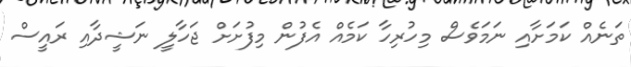
ތަނެއް ކަމަށާއި ނަމަވެސް މިހުރިހާ ކަމެއް އެފުން މިފުށަށް ޖަހާލީ ނަޝީދާއި ރައީސް